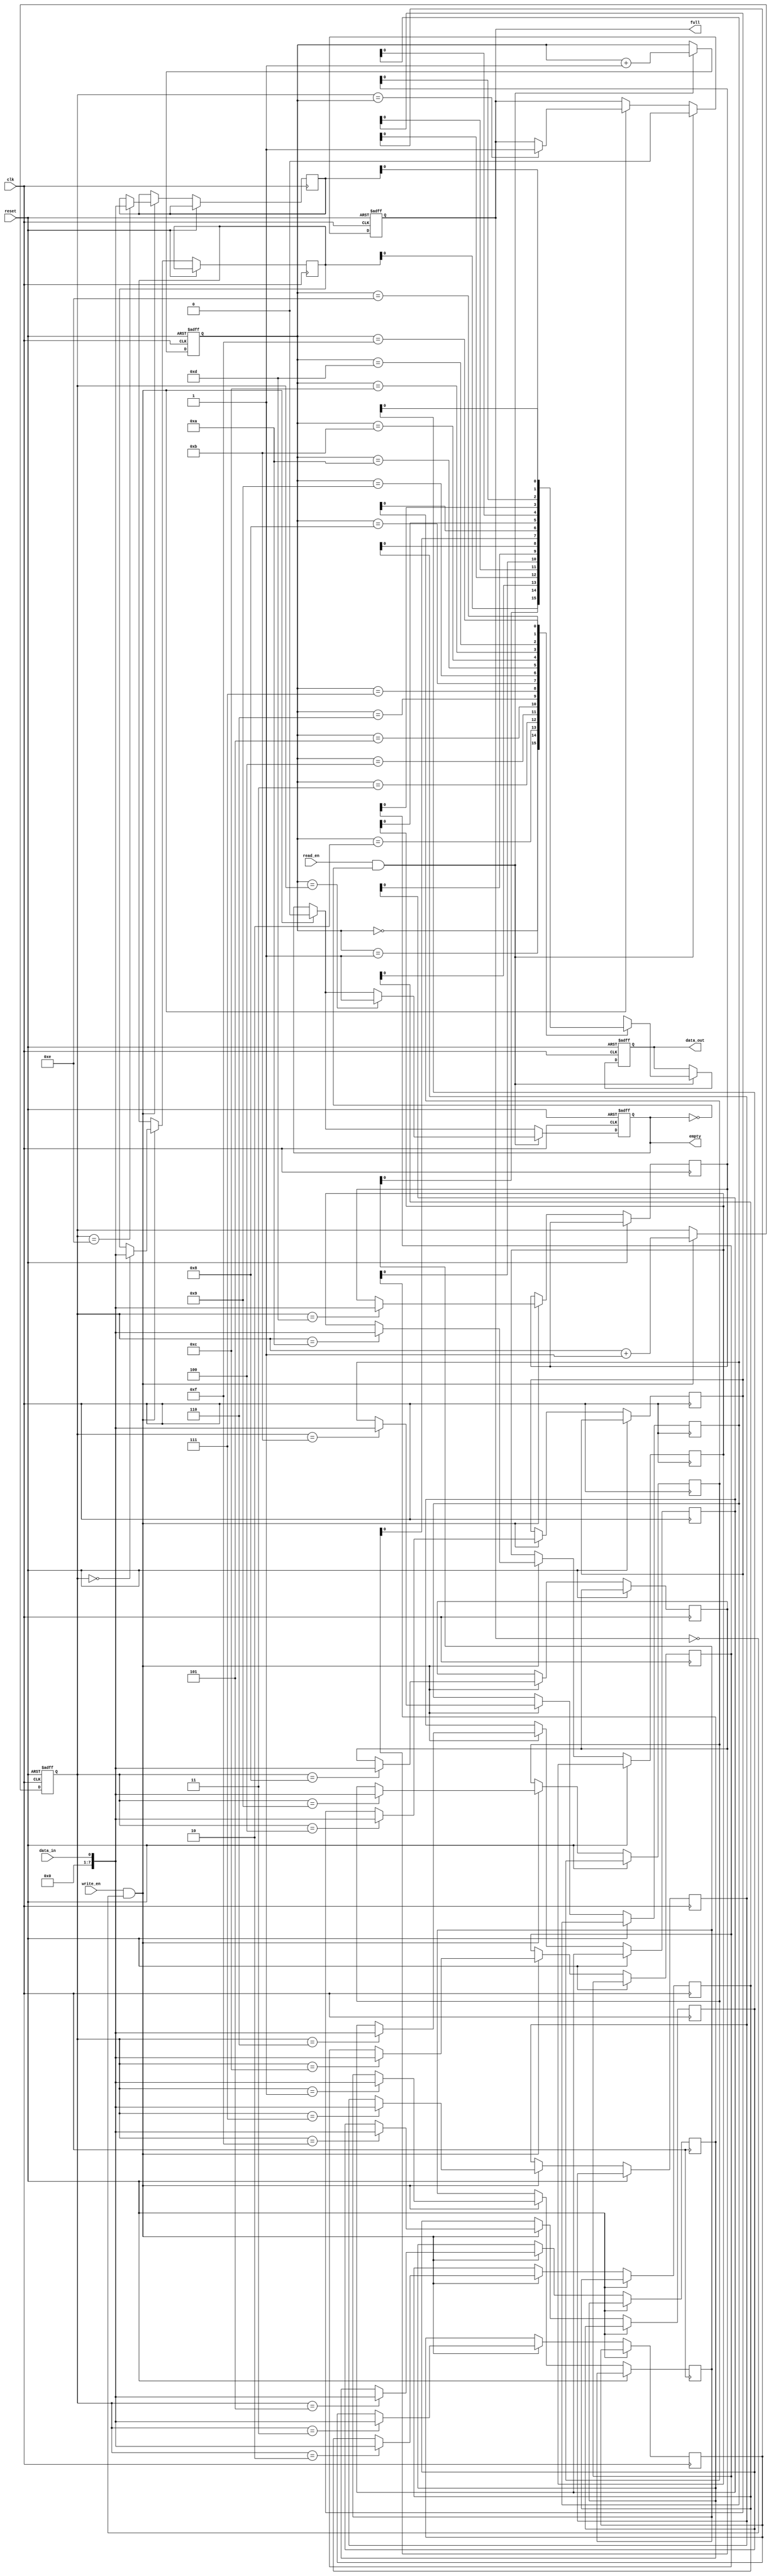
module fifo_buffer (
  input wire clk,
  input wire reset,
  input wire write_en,
  input wire read_en,
  input wire data_in,
  output reg data_out,
  output reg full,
  output reg empty
);

parameter BUFFER_SIZE = 16;

reg [7:0] buffer [0:BUFFER_SIZE-1];
reg [3:0] read_ptr;
reg [3:0] write_ptr;

always @ (posedge clk or posedge reset)
begin
  if (reset)
  begin
    read_ptr <= 4'd0;
    write_ptr <= 4'd0;
    data_out <= 8'd0;
    full <= 1'b0;
    empty <= 1'b1;
  end
  else
  begin
    if (write_en && !full)
    begin
      buffer[write_ptr] <= data_in;
      write_ptr <= write_ptr + 1;
      empty <= 1'b0;
      if (write_ptr == read_ptr)
        full <= 1'b1;
    end
    
    if (read_en && !empty)
    begin
      data_out <= buffer[read_ptr];
      read_ptr <= read_ptr + 1;
      full <= 1'b0;
      if (read_ptr == write_ptr)
        empty <= 1'b1;
    end
  end
end

endmodule